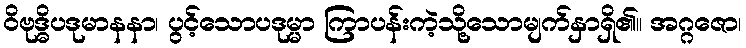
ဝိဗုဒ္ဓိပဒုမာနနာ၊ ပွင့်သောပဒုမ္မာ ကြာပန်းကဲ့သို့သောမျက်နှာရှိ၏။ အဂ္ဂဇော၊